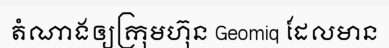
តំណាងឲ្យក្រុមហ៊ុន Geomiq ដែលមាន